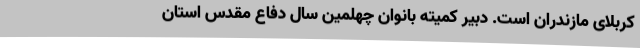
کربلای مازندران است. دبیر کمیته بانوان چهلمین سال دفاع مقدس استان